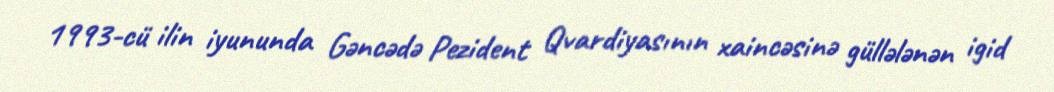
1993-cü ilin iyununda Gəncədə Pezident Qvardiyasının xaincəsinə güllələnən igid